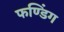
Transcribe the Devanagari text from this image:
फण्डिंग